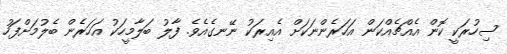
ސިހުރަކީ ކޮން އެއްޗެއްކަން އަހަރެންނަކަށް އެއިރަކު ނޭނގެއެވެ. ފާލު ބަލާމީހަކު އަހަރެން ބެލުމަށްފަހު